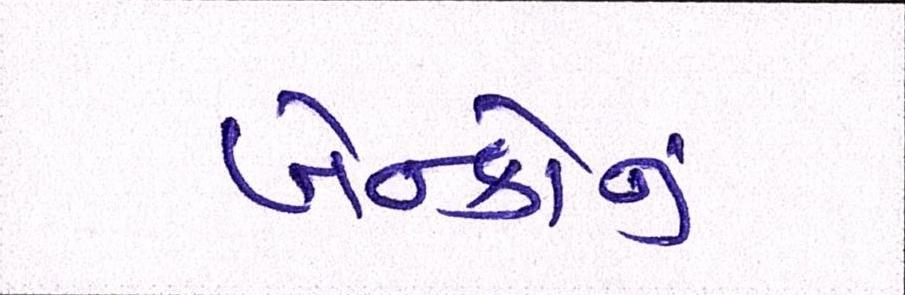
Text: બેન્કોનું